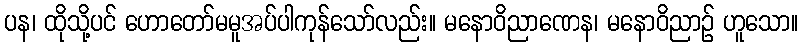
ပန၊ ထိုသို့ပင် ဟောတော်မမူအပ်ပါကုန်သော်လည်း။ မနောဝိညာဏေန၊ မနောဝိညာဉ် ဟူသော။